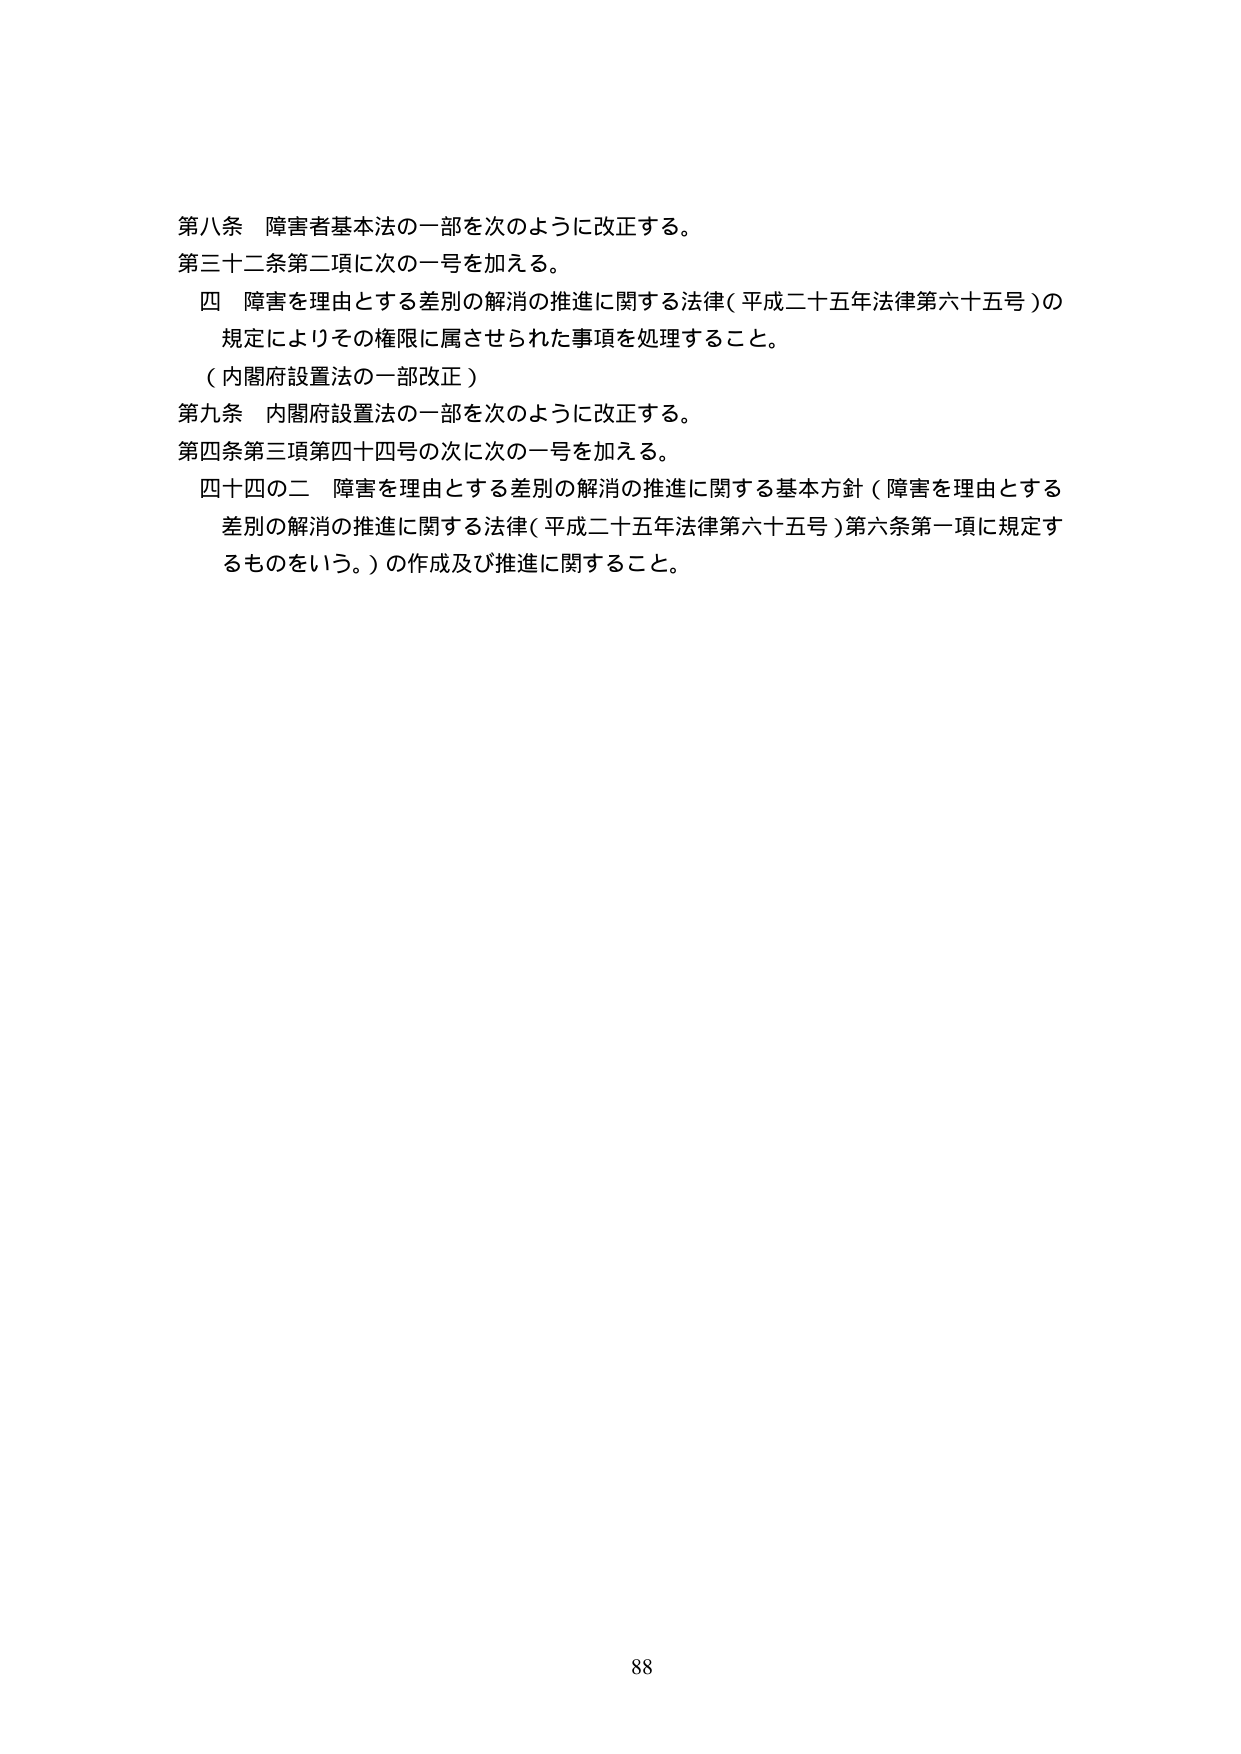
第八条 障害者基本法の一部を次のように改正する。
第三十二条第二項に次の一を加える。
　四 障害を理由とする差別の解消の推進に関する法律（平成二十五年法律第六十五号）の
　規定によりその権限に属させられた事項を処理すること。
（内閣府設置法の一部改正）
第九条 内閣府設置法の一部を次のように改正する。
第四条第三項第四十四号の次に次の一を加える。
　四十四の二 障害を理由とする差別の解消の推進に関する基本方針（障害を理由とする
　差別の解消の推進に関する法律（平成二十五年法律第六十五号）第六条第一項に規定す
　るものという。）の作成及び推進に関すること。

88